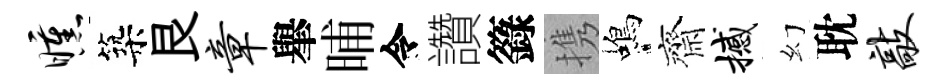
曛築艮章𦦙晡令讚籙携蝎齊撼幻耽敲